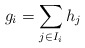
\begin{align*}g_i = \sum_{j \in I_i} h_j\end{align*}